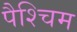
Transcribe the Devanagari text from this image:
पैश्चिम